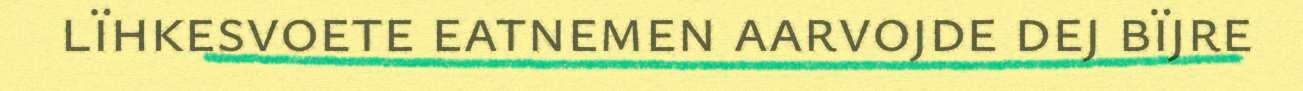
lïhkesvoete eatnemen aarvojde dej bïjre